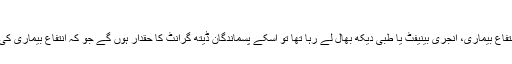
ڈیتھ گرانٹ
اگر کسی تحفظ یافتہ شخص کی وفات ہو جاتی ہےجب وہ انتفاع بیماری، انجری بینیفٹ یا طبی دیکھ بھال لے رہا تھا تو اسکے پسماندگان ڈیتھ گرانٹ کا حقدار ہوں گے جو کہ انتفاع بیماری کی شرح کا تیس گناہوگی اور1500 روپے سے کم نہ ہوگی۔